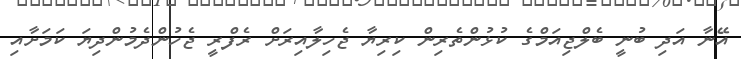
އޭނާ އަދި ބުނީ ބެލްޖިއަމްގެ ކުޅުންތެރިން ކިރިޔާ ޖެހިލާއިރަށް ރެފްރީ ޖެހުންދެމުންދިޔަ ކަމަށާއި